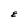
Character: E